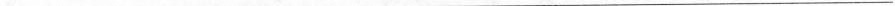
___